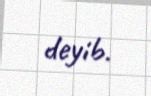
deyib.